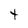
Character: t